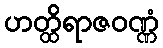
ဟတ္ထိရာဇဝဏ္ဏံ